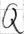
Text: Q